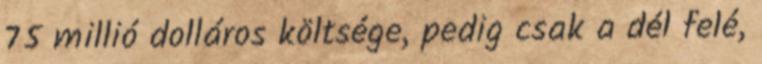
75 millió dolláros költsége, pedig csak a dél felé,